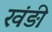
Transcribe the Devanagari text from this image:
खंड़ी